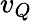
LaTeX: v_{Q}